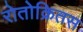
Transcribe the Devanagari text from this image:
रोतोक्रितस